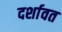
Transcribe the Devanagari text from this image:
दर्शावत